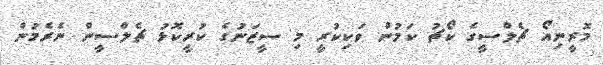
މޮރީނިއޯ ޗެލްސީގެ ކޯޗު ކަމުން ވަކިކުރީ މި ސީޒަނުގެ ކުރީކޮޅު ޗެލްސީން ނެރެމުން